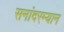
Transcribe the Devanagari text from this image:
सनांदरम्यान